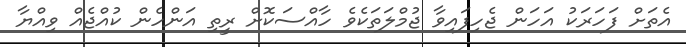
އެތަށް ފަހަރަކު އަހަން ޖެހިފައިވާ ޖުމްލަތަކެވެ ހާއްސަކޮށް ރީތި އަންހެން ކުއްޖެއް ވިއްޔާ